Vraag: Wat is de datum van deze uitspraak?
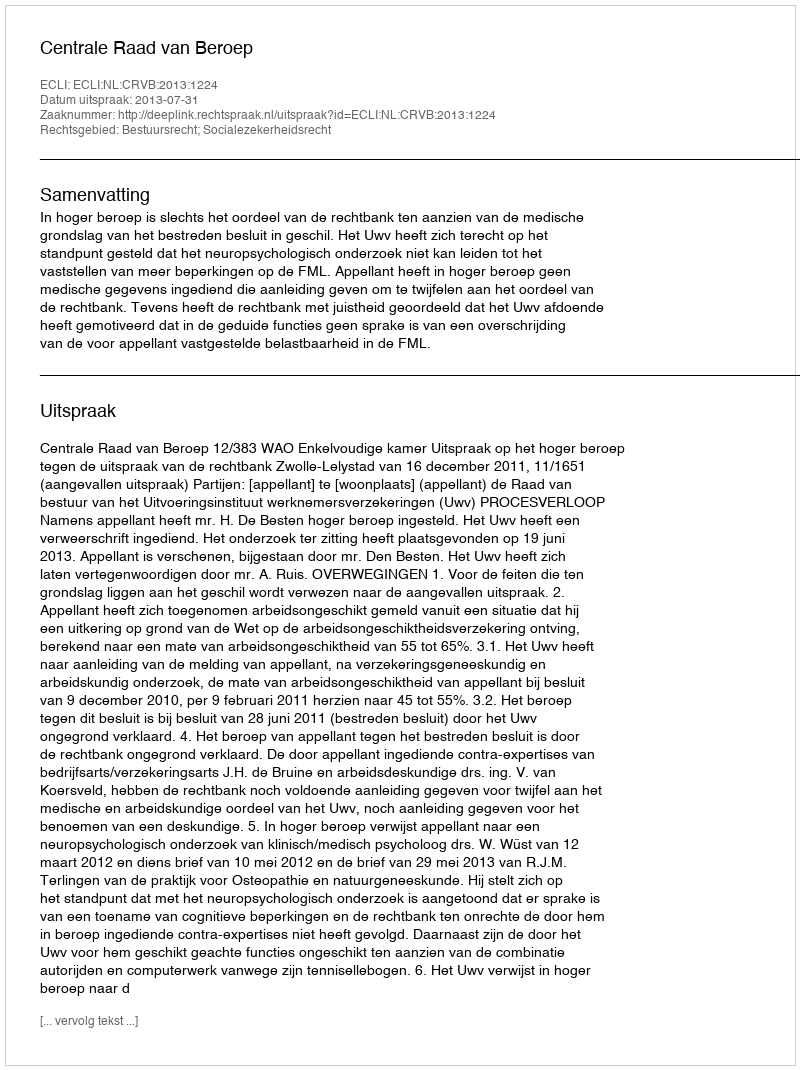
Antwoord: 2013-07-31